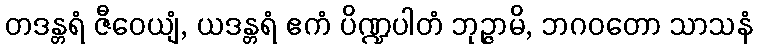
တဒန္တရံ ဇီဝေယျံ, ယဒန္တရံ ဧကံ ပိဏ္ဍပါတံ ဘုဉ္ဇာမိ, ဘဂဝတော သာသနံ